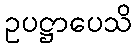
ဥပဋ္ဌာပေသိ